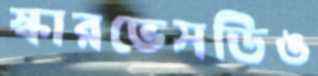
স্কারভেসডিঙ